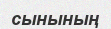
сынының